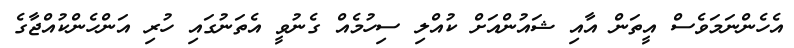
އެހެންނަމަވެސް އީތަން އާއި ޝައުންއަށް ކުއްލި ސިހުމެއް ގެނުވީ އެތަނުގައި ހުރި އަންހެންކުއްޖާގެ